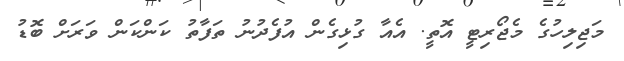
މަޖިލިހުގެ މެޖޯރިޓީ އޮތީ. އެއާ ގުޅިގެން އުފެދުނު ތަފާތު ކަންކަން ވަރަށް ބޮޑު